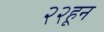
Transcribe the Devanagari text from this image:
२२हून